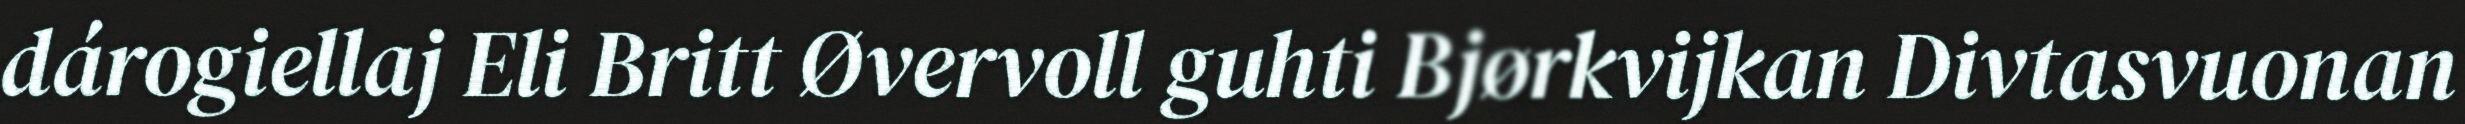
dárogiellaj Eli Britt Øvervoll guhti Bjørkvijkan Divtasvuonan